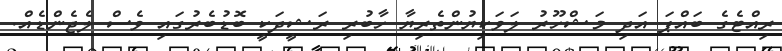
ރިއްޓެގެ ބައްޕަ އަދި މަޝްހޫރު ލަވަކިޔުންތެރިޔާ ހާބުރި ރަޝީދަކީ ބޮޑުބެރުގައި ވެސް ލެޖެންޑެއް.